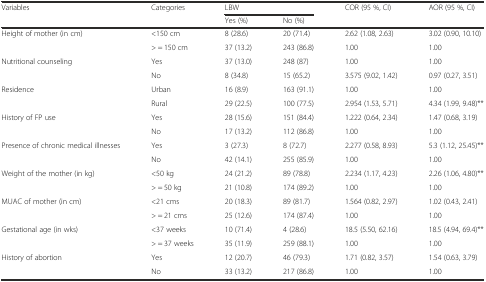
<table><thead><tr><td rowspan="2"><b>Variables</b></td><td rowspan="2"><b>Categories</b></td><td colspan="2"><b>LBW</b></td><td rowspan="2"><b>COR (95 %, CI)</b></td><td rowspan="2"><b>AOR (95 %, CI)</b></td></tr><tr><td><b>Yes (%)</b></td><td><b>No (%)</b></td></tr></thead><tbody><tr><td rowspan="2">Height of mother (in cm)</td><td>&lt;150 cm</td><td>8 (28.6)</td><td>20 (71.4)</td><td>2.62 (1.08, 2.63)</td><td>3.02 (0.90, 10.10)</td></tr><tr><td>&gt; = 150 cm</td><td>37 (13.2)</td><td>243 (86.8)</td><td>1.00</td><td>1.00</td></tr><tr><td rowspan="2">Nutritional counseling</td><td>Yes</td><td>37 (13.0)</td><td>248 (87)</td><td>1.00</td><td>1.00</td></tr><tr><td>No</td><td>8 (34.8)</td><td>15 (65.2)</td><td>3.575 (9.02, 1.42)</td><td>0.97 (0.27, 3.51)</td></tr><tr><td rowspan="2">Residence</td><td>Urban</td><td>16 (8.9)</td><td>163 (91.1)</td><td>1.00</td><td>1.00</td></tr><tr><td>Rural</td><td>29 (22.5)</td><td>100 (77.5)</td><td>2.954 (1.53, 5.71)</td><td>4.34 (1.99, 9.48)**</td></tr><tr><td rowspan="2">History of FP use</td><td>Yes</td><td>28 (15.6)</td><td>151 (84.4)</td><td>1.222 (0.64, 2.34)</td><td>1.47 (0.68, 3.19)</td></tr><tr><td>No</td><td>17 (13.2)</td><td>112 (86.8)</td><td>1.00</td><td>1.00</td></tr><tr><td rowspan="2">Presence of chronic medical illnesses</td><td>Yes</td><td>3 (27.3)</td><td>8 (72.7)</td><td>2.277 (0.58, 8.93)</td><td>5.3 (1.12, 25.45)**</td></tr><tr><td>No</td><td>42 (14.1)</td><td>255 (85.9)</td><td>1.00</td><td>1.00</td></tr><tr><td rowspan="2">Weight of the mother (in kg)</td><td>&lt;50 kg</td><td>24 (21.2)</td><td>89 (78.8)</td><td>2.234 (1.17, 4.23)</td><td>2.26 (1.06, 4.80)**</td></tr><tr><td>&gt; = 50 kg</td><td>21 (10.8)</td><td>174 (89.2)</td><td>1.00</td><td>1.00</td></tr><tr><td rowspan="2">MUAC of mother (in cm)</td><td>&lt;21 cms</td><td>20 (18.3)</td><td>89 (81.7)</td><td>1.564 (0.82, 2.97)</td><td>1.02 (0.43, 2.41)</td></tr><tr><td>&gt; = 21 cms</td><td>25 (12.6)</td><td>174 (87.4)</td><td>1.00</td><td>1.00</td></tr><tr><td rowspan="2">Gestational age (in wks)</td><td>&lt;37 weeks</td><td>10 (71.4)</td><td>4 (28.6)</td><td>18.5 (5.50, 62.16)</td><td>18.5 (4.94, 69.4)**</td></tr><tr><td>&gt; = 37 weeks</td><td>35 (11.9)</td><td>259 (88.1)</td><td>1.00</td><td>1.00</td></tr><tr><td rowspan="2">History of abortion</td><td>Yes</td><td>12 (20.7)</td><td>46 (79.3)</td><td>1.71 (0.82, 3.57)</td><td>1.54 (0.63, 3.79)</td></tr><tr><td>No</td><td>33 (13.2)</td><td>217 (86.8)</td><td>1.00</td><td>1.00</td></tr></tbody></table>